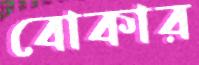
বোকার